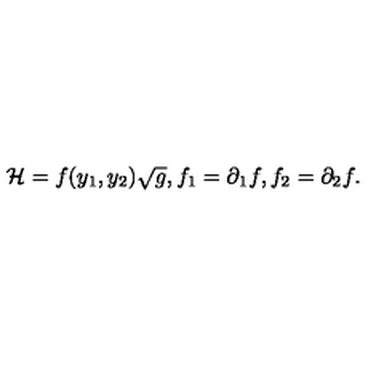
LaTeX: { \cal H } = f ( y _ { 1 } , y _ { 2 } ) \sqrt { g } , f _ { 1 } = \partial _ { 1 } f , f _ { 2 } = \partial _ { 2 } f .